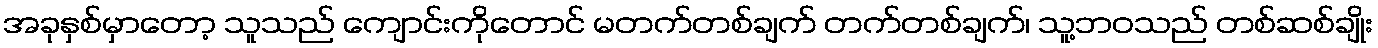
အခုနှစ်မှာတော့ သူသည် ကျောင်းကိုတောင် မတက်တစ်ချက် တက်တစ်ချက်၊ သူ့ဘဝသည် တစ်ဆစ်ချိုး